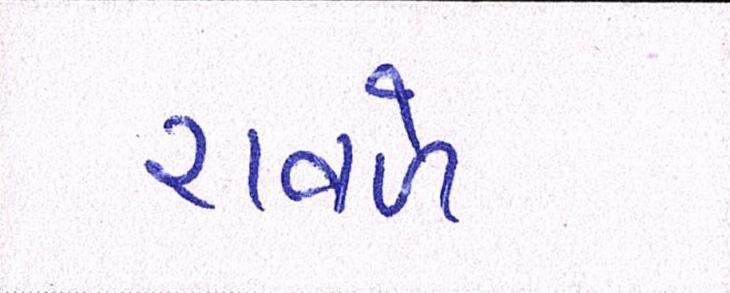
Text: રાવળે